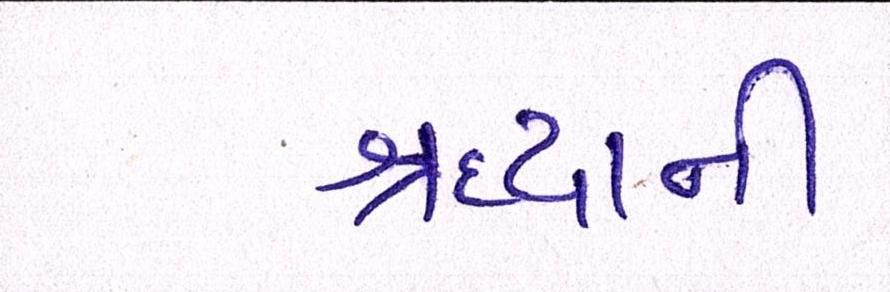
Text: શ્રદ્ધાની